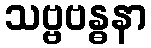
သဗ္ဗဗန္ဓနာ